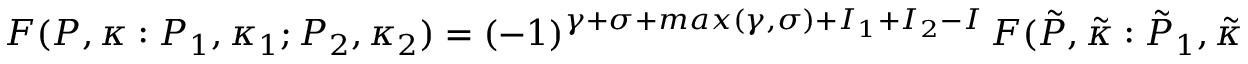
F ( { \cal P } , \kappa : { \cal P } _ { 1 } , { \kappa } _ { 1 } ; { \cal P } _ { 2 } , { \kappa } _ { 2 } ) = ( - 1 ) ^ { \gamma + \sigma + m a x ( \gamma , \sigma ) + I _ { 1 } + I _ { 2 } - I } \, F ( \tilde { \cal P } , \tilde { \kappa } : \tilde { \cal P } _ { 1 } , \tilde { \kappa } _ { 1 } ; \tilde { \cal P } _ { 2 } , \tilde { \kappa } _ { 2 } )